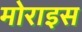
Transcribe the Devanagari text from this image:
मोराइस